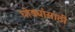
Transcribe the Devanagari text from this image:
घोड्यांसाठी